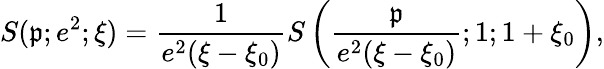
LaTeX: S(\mathfrak{p};e^{2};\xi)=\frac{{1}}{{e^{2}(\xi-\xi_{0})}}S\left(\frac{{\mathfrak{p}}}{{e^{2}(\xi-\xi_{0})}};1;1+\xi_{0}\right),